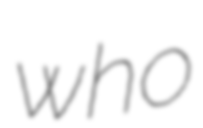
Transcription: who